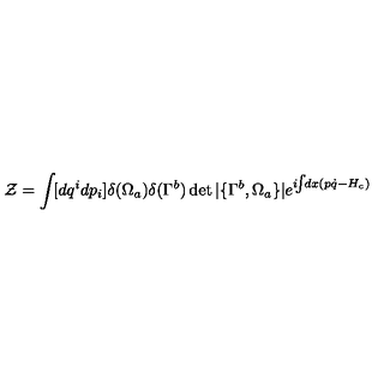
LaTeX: { \cal Z } = \int \! [ d q ^ { i } d p _ { i } ] \delta ( \Omega _ { a } ) \delta ( \Gamma ^ { b } ) \det | \{ \Gamma ^ { b } , \Omega _ { a } \} | e ^ { i \! \! \int \! \! d x ( p \dot { q } - H _ { c } ) }